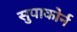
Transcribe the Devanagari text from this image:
सुपाकोर्न